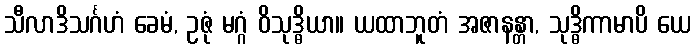
သီလာဒိသင်္ဂဟံ ခေမံ, ဥဇုံ မဂ္ဂံ ဝိသုဒ္ဓိယာ။ ယထာဘူတံ အဇာနန္တာ, သုဒ္ဓိကာမာပိ ယေ